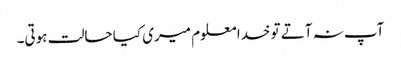
آپ نہ آتے تو خدا معلوم میری کیا حالت ہوتی۔